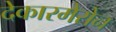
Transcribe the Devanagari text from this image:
देकारमेरोन